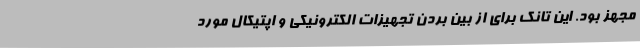
مجهز بود. این تانک برای از بین بردن تجهیزات الکترونیکی و اپتیکال مورد